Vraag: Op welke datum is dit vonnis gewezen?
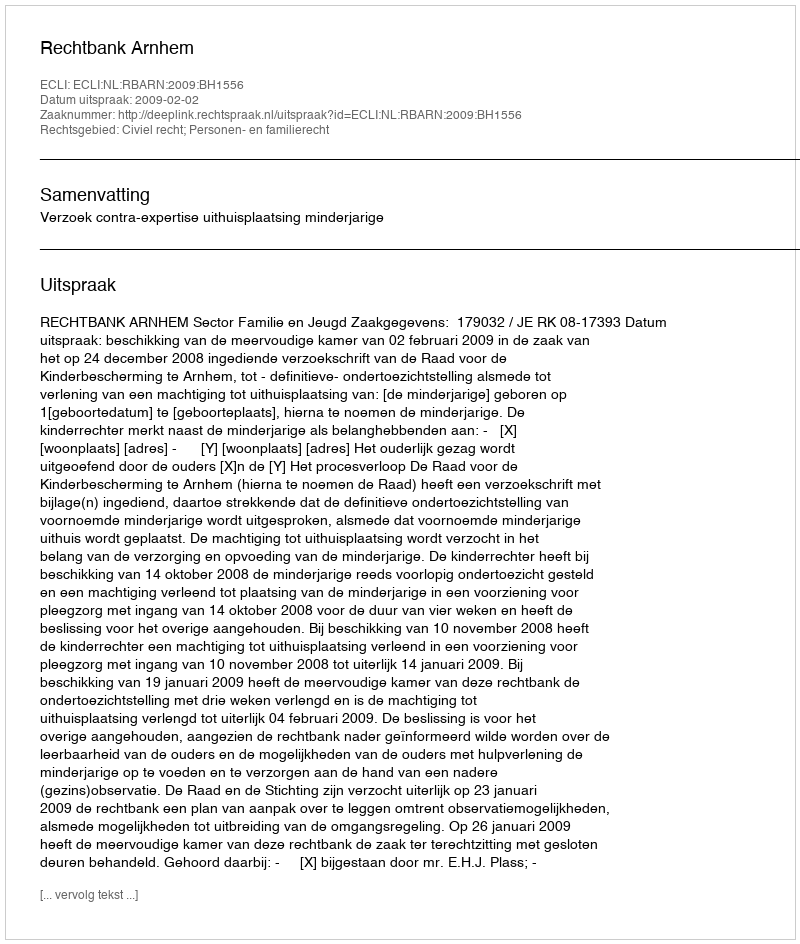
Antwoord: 2009-02-02